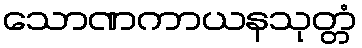
သောဏကာယနသုတ္တံ